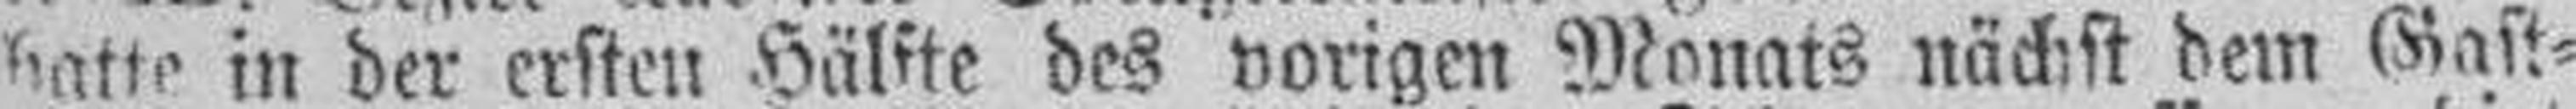
hatte in der ersten Hälfte des vorigen Monats nächst dem Gast¬